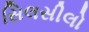
સિલસીલો